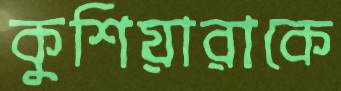
কুশিয়ারাকে